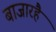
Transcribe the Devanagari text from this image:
बाजारहै